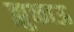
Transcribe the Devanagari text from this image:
झुकाऊ